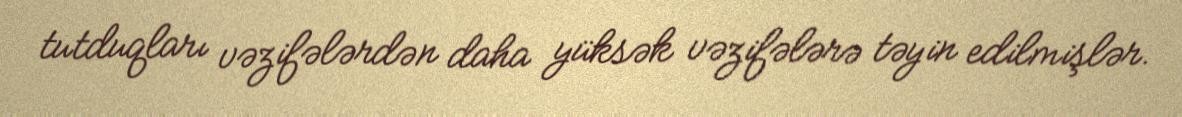
tutduqları vəzifələrdən daha yüksək vəzifələrə təyin edilmişlər.